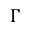
\Gamma